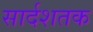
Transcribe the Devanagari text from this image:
सार्दशतक